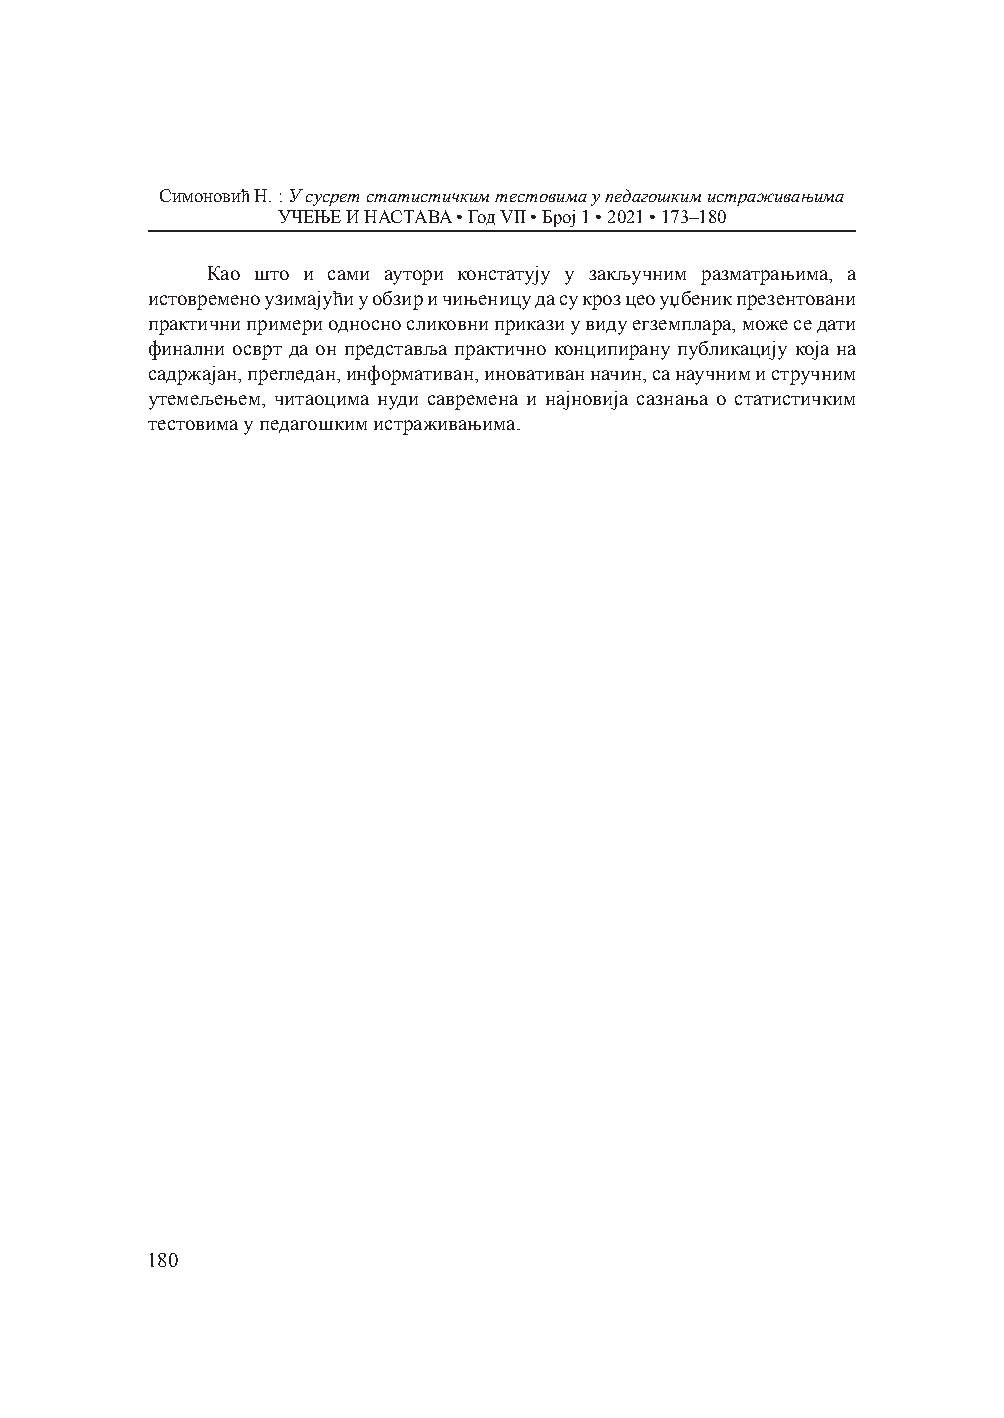
Симоновић Н. : У сусрет статистичким тестовима у педагошким истраживањима
 УЧЕЊЕ И НАСТАВА • Год VII • Број 1 • 2021 • 173–180
 Као што и сами аутори констатују у закључним разматрањима, а
 истовремено узимајући у обзир и чињеницу да су кроз цео уџбеник презентовани
 практични примери односно сликовни прикази у виду егземплара, може се дати
 финални осврт да он представља практично конципирану публикацију која на
 садржајан, прегледан, информативан, иновативан начин, са научним и стручним
 утемељењем, читаоцима нуди савремена и најновија сазнања о статистичким
 тестовима у педагошким истраживањима.
 180